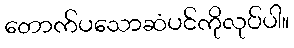
တောက်ပသောဆံပင်ကိုလုပ်ပါ။